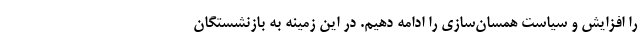
را افزایش و سیاست همسان‌سازی را ادامه دهیم. در این زمینه به بازنشستگان